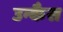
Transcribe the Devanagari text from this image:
उन्कैस